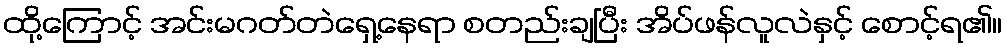
ထို့ကြောင့် အင်းမဂတ်တဲရှေ့နေရာ စတည်းချပြီး အိပ်ဖန်လူလဲနှင့် စောင့်ရ၏။